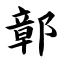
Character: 鄣